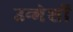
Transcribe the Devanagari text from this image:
उन्मेशों